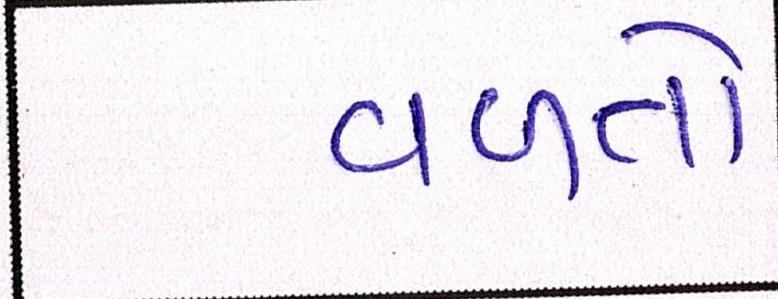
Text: વળતો